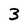
Character: 3